Document type: Sale
Year: 1451
Scribe: [Unknown]
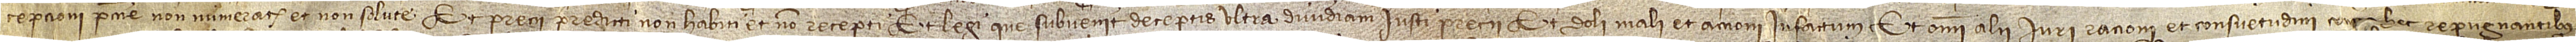
cepcioni peccunie non numerate et non solute et precii predicti non habiti et non recepti, et legi que subvenit deceptis ultra dimidiam iusti precii, et doli mali, et accioni infactum, et omni alii iuri, rationi et consuetudini co[ntra] hec repugnantibus,